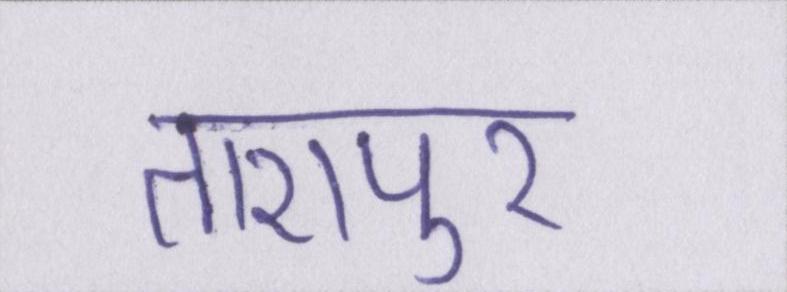
तारापुर